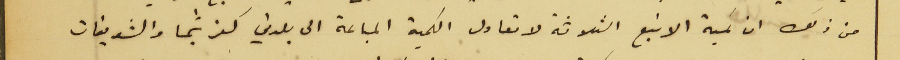
من ذلك ان كمية الانبع الثلاثة لا تعادل الكمية المباعة الى بلدتي كفرشيما والشويفات